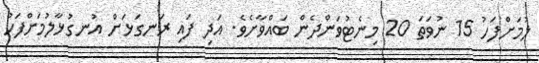
ލުމަށްފަހު 15 ނުވަތަ 20 މިނެޓުވަންދެން ބައްވާށެވެ. އަދި ފައި ރަނގަޅަށް އުނގުޅާލުމަށްފަހު